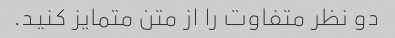
دو نظر متفاوت را از متن متمایز کنید.